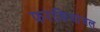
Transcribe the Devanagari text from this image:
फराकियांचल